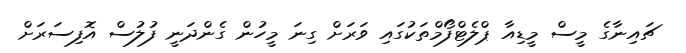
ޗައިނާގެ މީސް މީޑިއާ ޕްލެޓްފޯމްތަކުގައި ވަރަށް ގިނަ މީހުން ގެންދަނީ ފުލުސް އޮފިސަރަށް